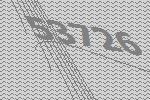
53726